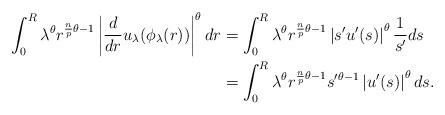
LaTeX: \begin{align*}\begin{aligned}\int_0^R\lambda^\theta r^{\frac{n}{p}\theta-1} \left|\frac{d}{dr}u_{\lambda}(\phi_{\lambda}(r))\right|^{\theta} dr&=\int_0^R \lambda^{\theta} r^{\frac{n}{p}\theta-1}\left|s' u'(s)\right|^{\theta} \frac{1}{s'} ds\\&=\int_0^R \lambda^{\theta} r^{\frac{n}{p}\theta-1}s'^{\theta-1}\left|u'(s)\right|^{\theta}ds.\end{aligned}\end{align*}